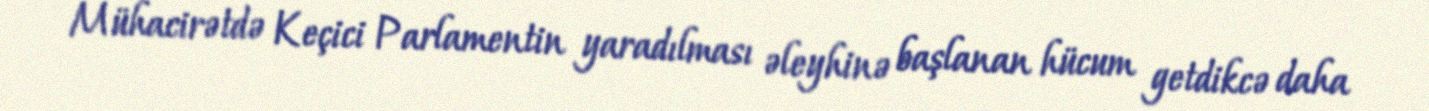
Mühacirətdə Keçici Parlamentin yaradılması əleyhinə başlanan hücum getdikcə daha